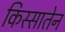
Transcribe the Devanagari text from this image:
किस्सातेन